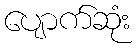
ပျောက်ဆုံး